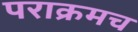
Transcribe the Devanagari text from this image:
पराक्रमच